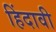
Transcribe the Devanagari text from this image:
हिंदावी